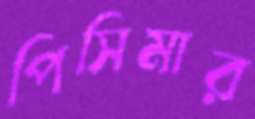
পিসিমার